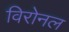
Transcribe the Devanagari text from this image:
विरोनल